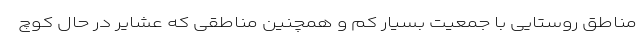
مناطق روستایی با جمعیت بسیار کم و همچنین مناطقی که عشایر در حال کوچ